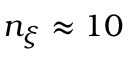
n _ { \xi } \approx 1 0